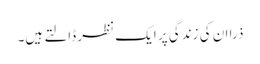
ذرا ان کی زندگی پر ایک نظر ڈالتے ہیں۔